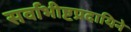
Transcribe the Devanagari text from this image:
सर्वाभीष्टप्रदायिने